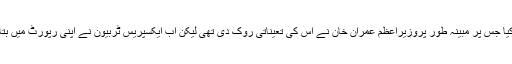
اسی روز کابینہ کے اجلاس میں کئی وزراءنے سعد خٹک کی تعیناتی پر شدید تحفظات کا اظہار کیا جس پر مبینہ طور پروزیراعظم عمران خان نے اس کی تعیناتی روک دی تھی لیکن اب ایکسپریس ٹربیون نے اپنی رپورٹ میں بتایا ہے کہ وزیراعظم کے اس حکم کے باوجود سعد خٹک کو سری لنکا میں سفیر لگایا جا رہا ہے۔